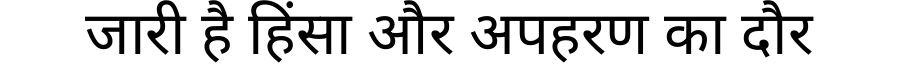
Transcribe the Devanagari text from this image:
जारी है हिंसा और अपहरण का दौर